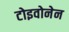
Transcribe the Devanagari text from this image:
टोइवोनेन